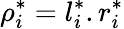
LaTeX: \rho_{i}^{*}=l_{i}^{*}.r_{i}^{*}